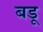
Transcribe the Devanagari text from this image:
बडू